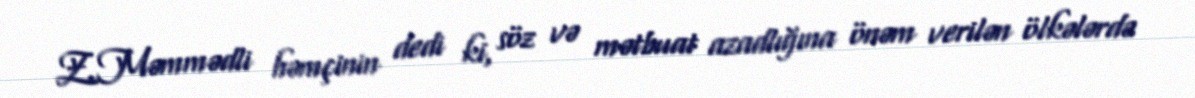
Z.Məmmədli həmçinin dedi ki, söz və mətbuat azadlığına önəm verilən ölkələrdə